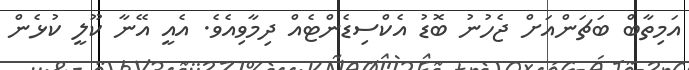
އަމިތާބް ބަޗަންއަށް ޖެހުނު ބޮޑު އެކްސިޑެންޓެއް ދިމާވިއެވެ. އެއީ އޭނާ ކޫލީ ކުޅެން